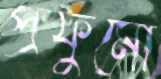
প্রফুমো